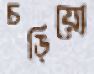
চড়িয়ো